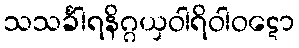
သသင်္ခါရနိဂ္ဂယှဝါရိဝါဝဋော